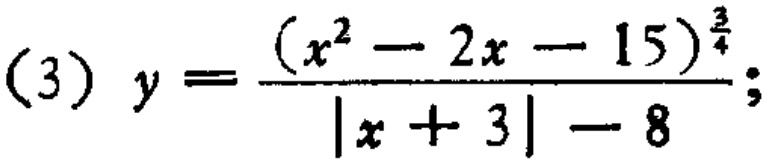
\((3)\) \(y = \frac{(x^{2}-2x - 15)^{\frac{3}{4}}}{\vert x + 3\vert - 8}\);